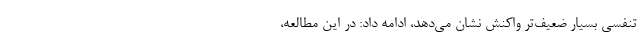
‌تنفسی بسیار ضعیف‌تر واکنش نشان می‌دهد، ادامه داد: در این مطالعه،